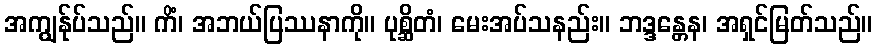
အကျွန်ုပ်သည်။ ကိံ၊ အဘယ်ပြဿနာကို။ ပုစ္ဆိတံ၊ မေးအပ်သနည်း။ ဘဒ္ဒန္တေန၊ အရှင်မြတ်သည်။